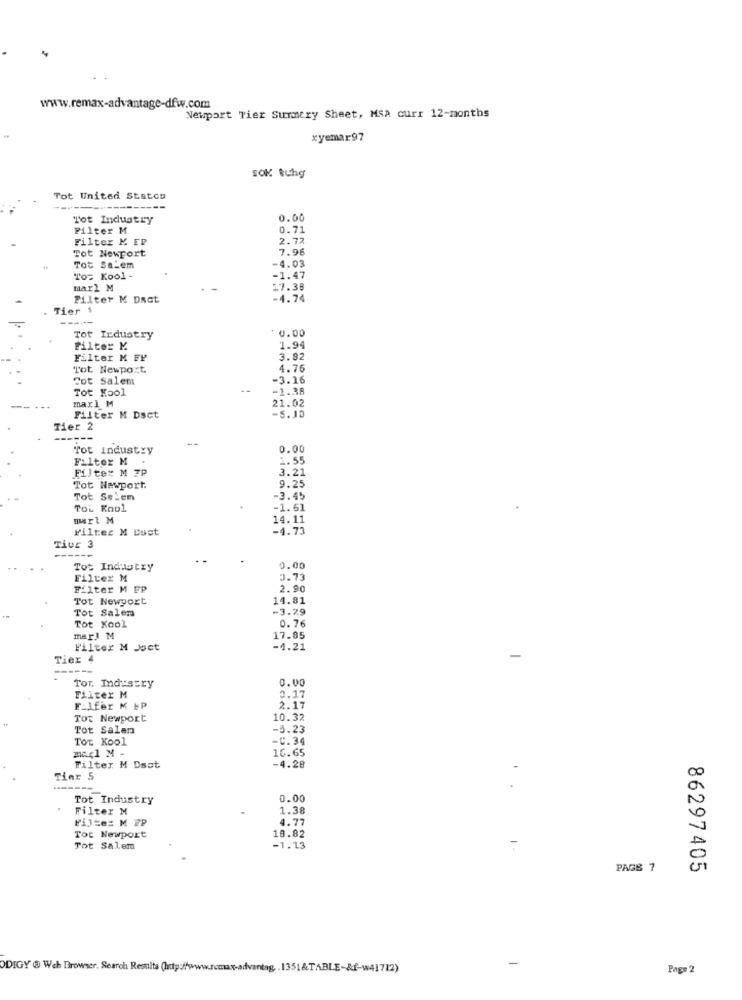
www.remax-advantage-dfw.com
Newport Tier Surmery Sheet, MSA curr 12-months
xyemar97
SOK tchg
Tot United States
Tot Industry
0.00
Filter M
0.71
Filter M EP
2.72
Tot Newport
7.96
Tot Salem
-4.03
To= Kool -
-1.47
marl M
17.38
Filter M Dact
-4.74
Tier 1
-----
0.00
Tot Industry
Filter M.
1.94
Filter M FP
3.82
Tot Newpoxt
4.76
Fot salem
-3.16
Tot Kool
-1.38
marl M
21.02
Filter M Dsct
-5.10
Tier
--
Tot Industry
0.00
Filter M
1.55
Filter M 7P
3.21
Tot Newport.
9.25
Tot Selen
-3.45
TOL Kool
-1.61
mart M
14.11
Filter M Dust
-4.73
Tiuc 3
Tot Industry
0.00
Filter M
1.73
Filter M FP
2.90
Tot Newport
14.81
Tot Salem
-3.79
Tot Kool
0.76
marl M
17.85
Filter M Joet
-4.21
Tier 4
0.00
Tot. Industry
0.17
Filter M
F-1fer M &P
2.17
Tot Newport
10.32
Tot Salen
-5.23
TOT Kool
-C. 34
marl M -
16.65
Filter M Dsat
-4.28
Tinr 5
Tot Industry
0.00
Filter M
1.38
FiJEe= M FP
4.77
Tot Newport
18.82
Tot Salem
-1.13
PAGE 7
86297405
-
ODIGY @ Web Browser, Search Results (http://www.remax-advantag. . 1351&TABLE-&f-w41712)
Page 2